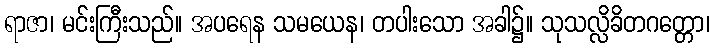
ရာဇာ၊ မင်းကြီးသည်။ အပရေန သမယေန၊ တပါးသော အခါ၌။ သုသလ္လိခိတဂတ္တော၊